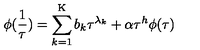
\phi ( \frac { 1 } { \tau } ) = \sum _ { k = 1 } ^ { \mathrm { K } } b _ { k } \tau ^ { \lambda _ { k } } + \alpha \tau ^ { h } \phi ( \tau )